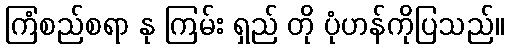
ကြံစည်စရာ နု ကြမ်း ရှည် တို ပုံဟန်ကိုပြသည်။